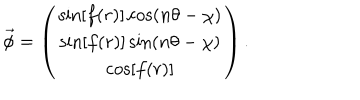
\vec { \phi } = \left( \begin{matrix} { { \sin [ f ( r ) ] \cos ( n \theta - \chi ) } } \\ { { \sin [ f ( r ) ] \sin ( n \theta - \chi ) } } \\ { { \cos [ f ( r ) ] } } \\ \end{matrix} \right) .